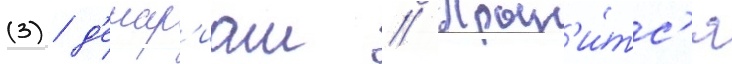
(3) д'енар'иам // Хран'и́тс'я